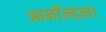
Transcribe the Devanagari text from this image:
आर्नॉल्डला